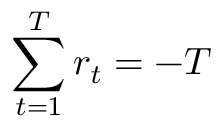
\sum _ { t = 1 } ^ { T } r _ { t } = - T